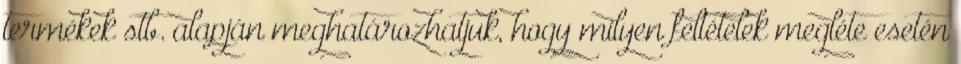
termékek stb. alapján meghatározhatjuk, hogy milyen feltételek megléte esetén